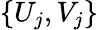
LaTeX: \{ U_{j},V_{j}\}